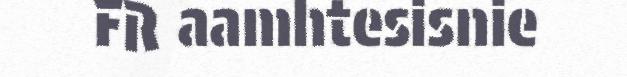
FR aamhtesisnie